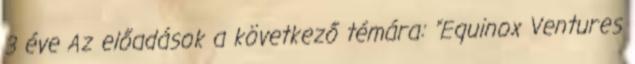
3 éve Az előadások a következő témára: "Equinox Ventures